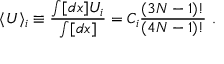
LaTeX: \langle U \rangle _ { i } \equiv { \frac { \int [ d x ] U _ { i } } { \int [ d x ] } } = C _ { i } { \frac { ( 3 N - 1 ) ! } { ( 4 N - 1 ) ! } } ~ .